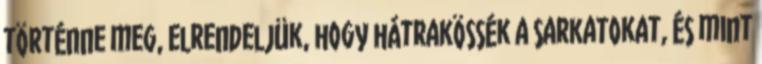
történne meg, elrendeljük, hogy hátrakössék a sarkatokat, és mint